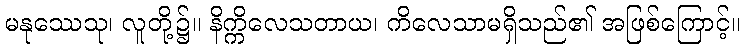
မနုဿေသု၊ လူတို့၌။ နိက္ကိလေသတာယ၊ ကိလေသာမရှိသည်၏ အဖြစ်ကြောင့်။